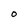
Character: O